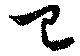
已